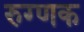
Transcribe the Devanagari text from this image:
रुग्णक